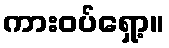
ကားဝပ်ရှော့။